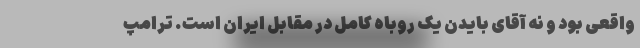
واقعی بود و نه آقای بایدن یک روباه کامل در مقابل ایران است. ترامپ